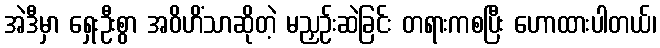
အဲဒီမှာ ရှေးဦးစွာ အဝိဟိံသာဆိုတဲ့ မညှဉ်းဆဲခြင်း တရားကစပြီး ဟောထားပါတယ်၊